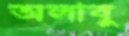
অলাবু